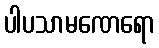
ပါပသာမဏေရော